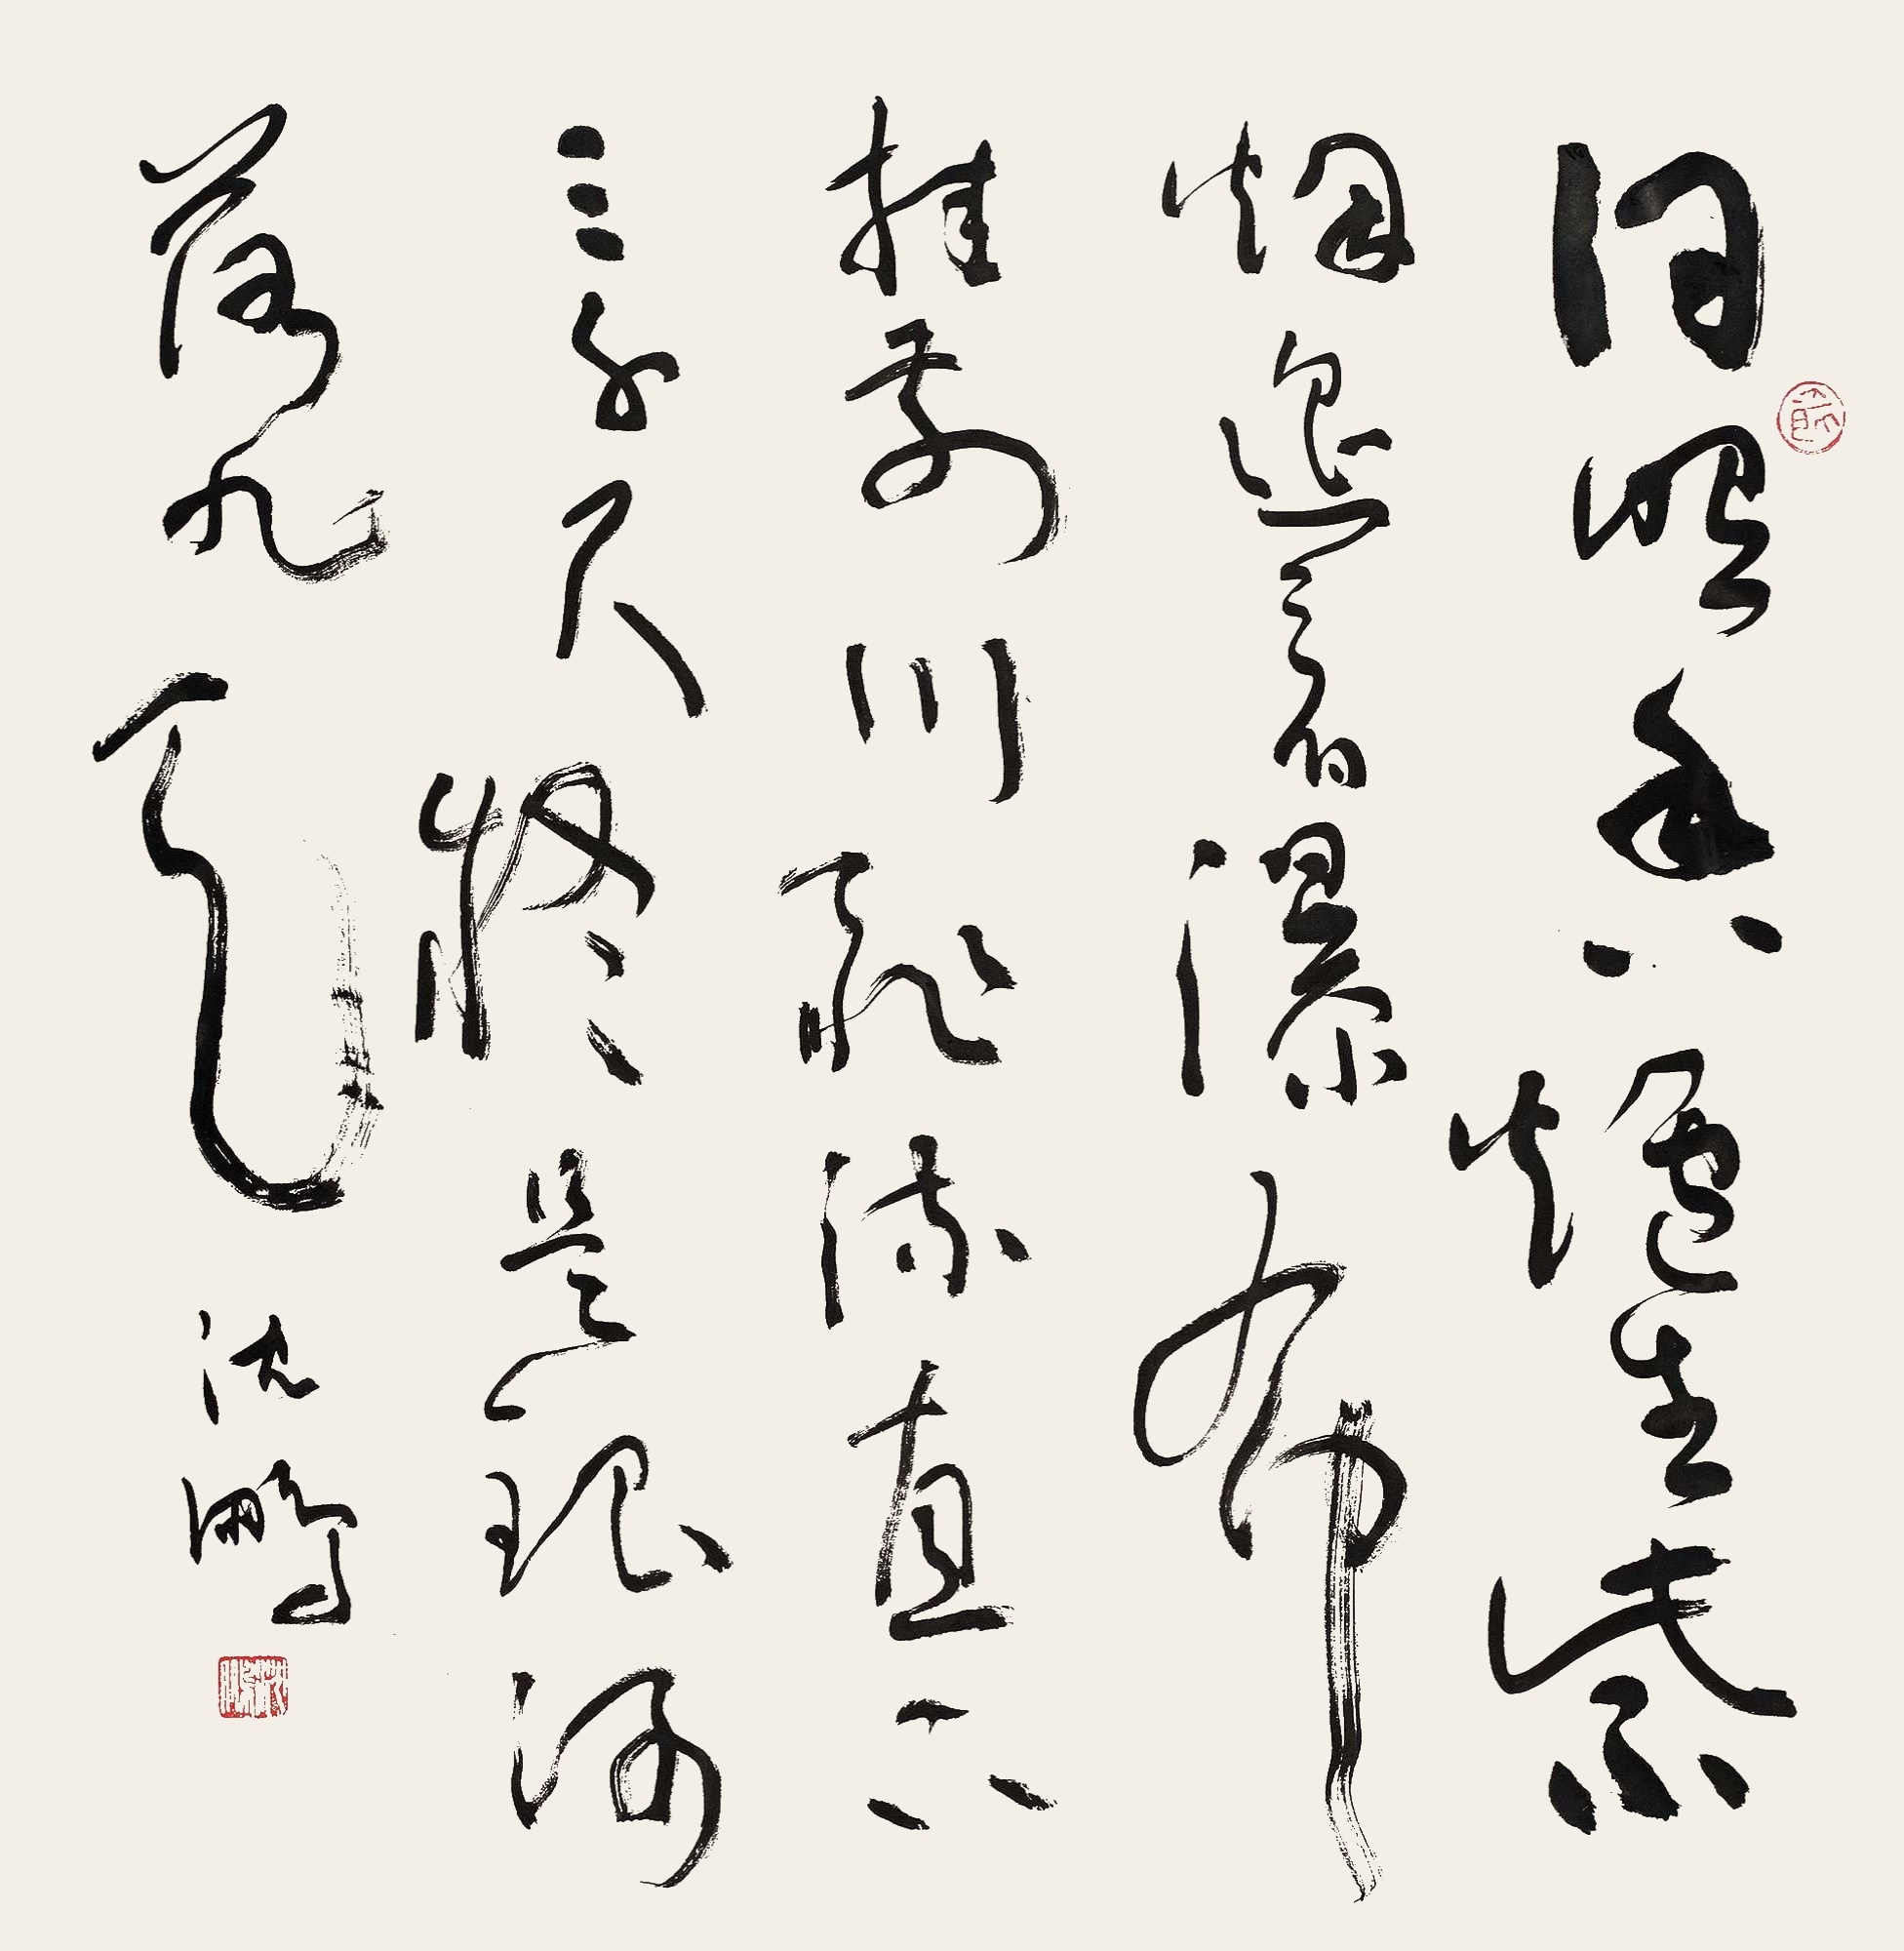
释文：日照香炉生紫烟，遥看瀑布挂前川。飞流直下三千尺，疑是银河落九天。沈鹏。